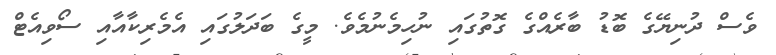
ވެސް ދުނިޔޭގެ ބޮޑު ބާރެއްގެ ގޮތުގައި ނުހިމެނުމެވެ. މީގެ ބަދަލުގައި އެމެރިކާއާއި ސޯވިއެޓް